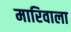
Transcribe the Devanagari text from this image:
मारिवाला